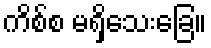
ကိစ်စ မရှိသေးခြေ။